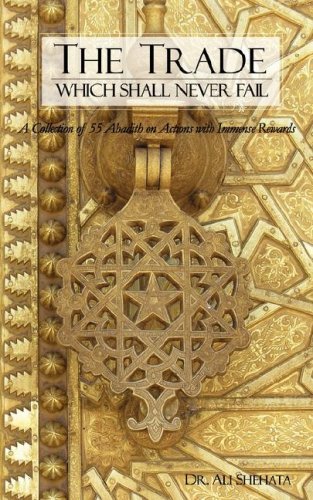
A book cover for The Trade Which Shall Never Fail: A Collection of 55 Hadith on Actions with Immense Rewards; Ali Shehata; Religion & Spirituality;